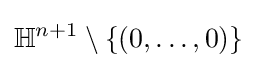
\mathbb {H} ^{n+1}\setminus \{(0,\ldots ,0)\}